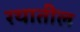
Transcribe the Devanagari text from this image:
रथातील